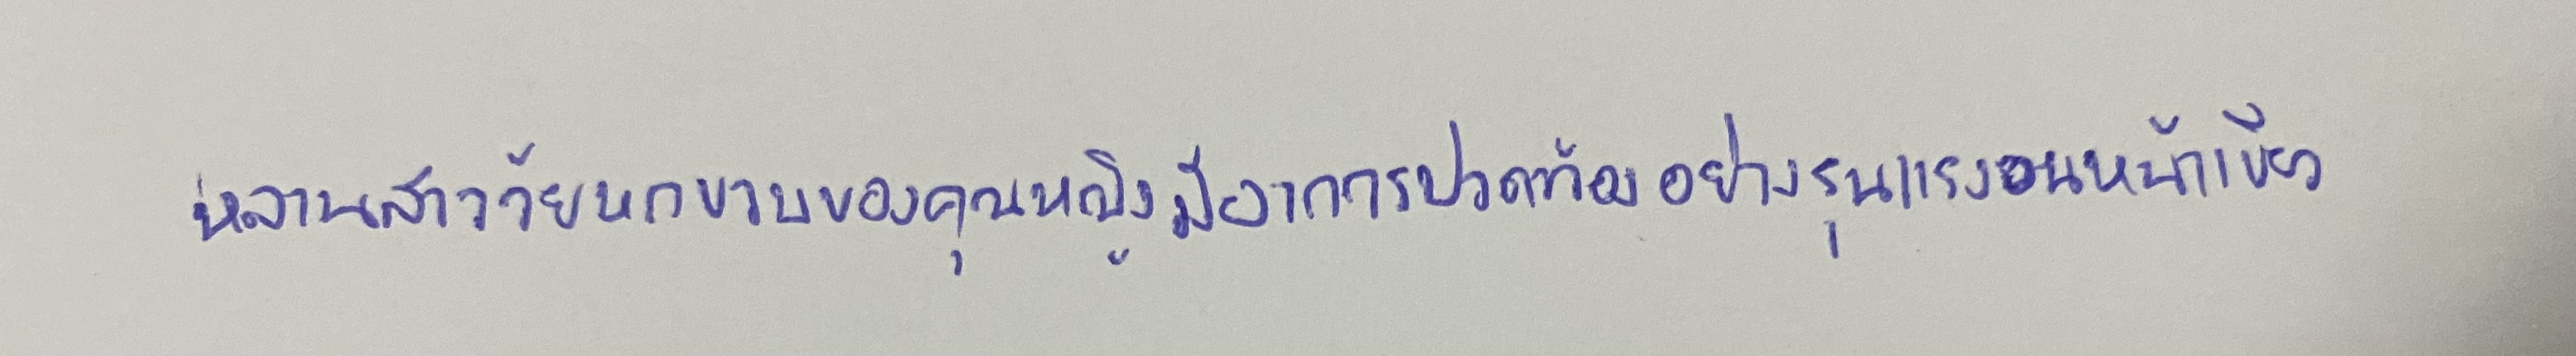
หลานสาววัยหกขวบของคุณหญิงมีอาการปวดท้องอย่างรุนแรงจนหน้าเขียว